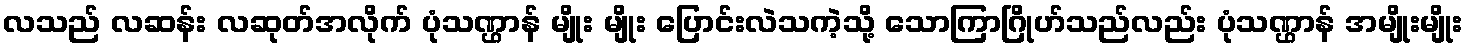
လသည် လဆန်း လဆုတ်အလိုက် ပုံသဏ္ဌာန် မျိုး မျိုး ပြောင်းလဲသကဲ့သို့ သောကြာဂြိုဟ်သည်လည်း ပုံသဏ္ဌာန် အမျိုးမျိုး